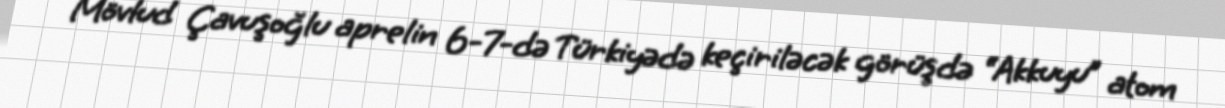
Mövlud Çavuşoğlu aprelin 6-7-də Türkiyədə keçiriləcək görüşdə “Akkuyu” atom